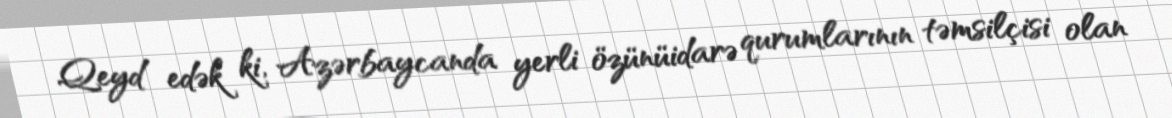
Qeyd edək ki, Azərbaycanda yerli özünüidarə qurumlarının təmsilçisi olan